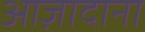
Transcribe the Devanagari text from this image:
आज़ादाना